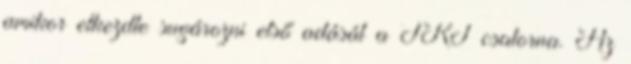
amikor elkezdte sugározni első adását a TRT csatorna. Az